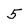
Character: 5